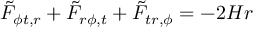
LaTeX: { \tilde { F } } _ { \phi t , r } + { \tilde { F } } _ { r \phi , t } + { \tilde { F } } _ { t r , \phi } = - 2 H r